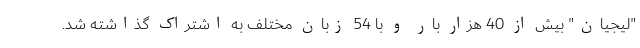
"لیجیان" بیش از 40 هزار بار و با 54 زبان مختلف به اشتراک گذاشته شد.